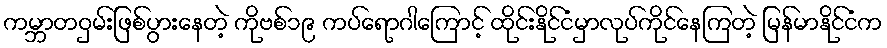
ကမ္ဘာတဝှမ်းဖြစ်ပွားနေတဲ့ ကိုဗစ်၁၉ ကပ်ရောဂါကြောင့် ထိုင်းနိုင်ငံမှာလုပ်ကိုင်နေကြတဲ့ မြန်မာနိုင်ငံက